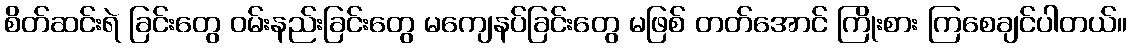
စိတ်ဆင်းရဲ ခြင်းတွေ ဝမ်းနည်းခြင်းတွေ မကျေနပ်ခြင်းတွေ မဖြစ် တတ်အောင် ကြိုးစား ကြစေချင်ပါတယ်။